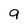
Character: 9